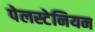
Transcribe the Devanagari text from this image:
पेलस्टेनियन